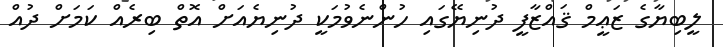
ލީބިޔާގެ ޒަޢީމް ޤައްޒާފީ ދުނިޔޭގައި ހުންނެވުމަކީ ދުނިޔެއަށް އޮތް ބިރެއް ކަމަށް ދުއް